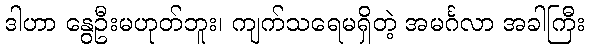
ဒါဟာ နွေဦးမဟုတ်ဘူး၊ ကျက်သရေမရှိတဲ့ အမင်္ဂလာ အခါကြီး